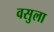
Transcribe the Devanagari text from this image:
वसुला